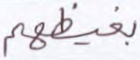
بغيظهم